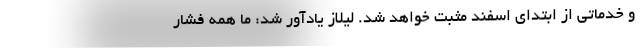
و خدماتی از ابتدای اسفند مثبت خواهد شد. لیلاز یادآور شد: ما همه فشار